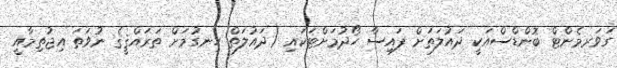
ގަވަރމެންޓް ބޮންޑްސްއަކީ ދައުލަތަށް ފައިސާ ހޯދުމަށްޓަކައި (ދައުލަތް ހިނގުމަށް ތަރައްޤީޤެ ނުވަތަ އިޖުތިމާއީ